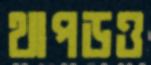
থাপড়ও